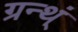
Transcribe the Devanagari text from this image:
ग्रन्थ्ं